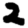
Digit: 2